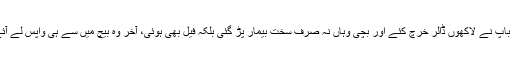
ایک کو میں جانتی ہوں جس پر اس کے ماں باپ نے لاکھوں ڈالر خرچ کئے اور بچی وہاں نہ صرف سخت بیمار پڑ گئی بلکہ فیل بھی ہوئی، آخر وہ بیچ میں سے ہی واپس لے آئے اور وقت بچنے کے بجائے اور لمبا ہوگیا۔